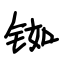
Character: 铷